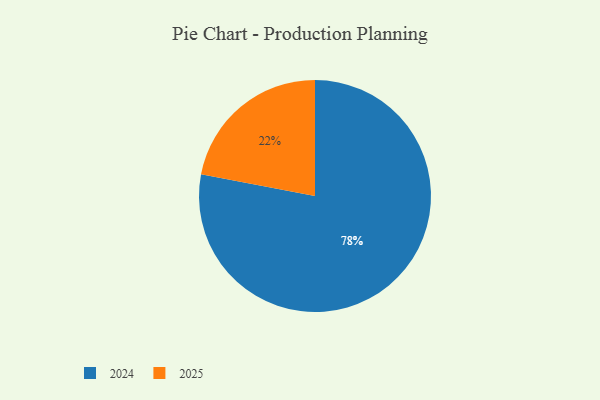
{"axis": {"x": "Category", "y": "Percentage"}, "legend": ["2024", "2025"], "data": [{"x": "2025", "y": 22, "type": "2025"}, {"x": "2024", "y": 78, "type": "2024"}]}